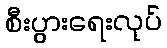
စီးပွားရေးလုပ်